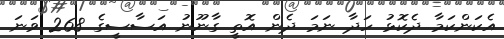
އެކަންކަމާ ދެކޮޅު ހަދާ ނަމަ ދެން އޮތީ ގާނޫނު އަސާސީގެ 268 ވަނަ